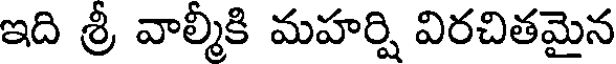
ఇది శ్రీ వాల్మీకి మహర్షి విరచితమైన